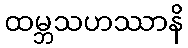
ထမ္ဘသဟဿာနိ